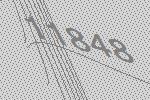
11848